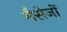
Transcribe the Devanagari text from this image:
मैसेजों